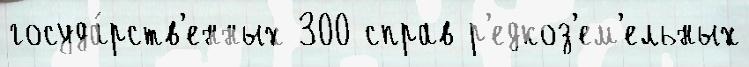
госуда́рств'енных 300 справ р'едкоз'ем'ельных